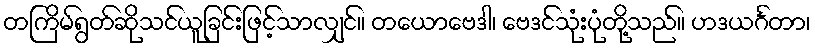
တကြိမ်ရွတ်ဆိုသင်ယူခြင်းဖြင့်သာလျှင်။ တယောဗေဒါ၊ ဗေဒင်သုံးပုံတို့သည်။ ဟဒယင်္ဂတာ၊